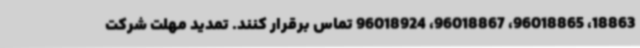
18863، 96018865، 96018867، 96018924 تماس برقرار کنند. تمدید مهلت شرکت